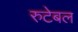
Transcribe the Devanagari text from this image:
रुटेबल